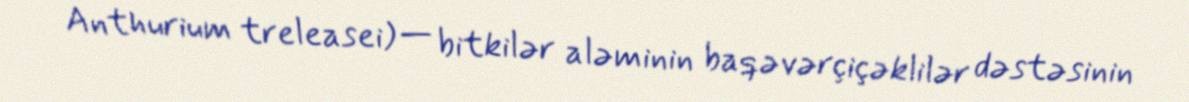
Anthurium treleasei) — bitkilər aləminin baqəvərçiçəklilər dəstəsinin